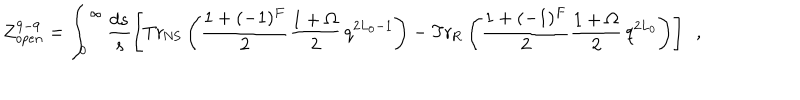
LaTeX: { \cal Z } _ { o p e n } ^ { 9 - 9 } = \int _ { 0 } ^ { \infty } \frac { d s } { s } \left[ \mathrm { T r } _ { \mathrm { N S } } \left( { { \frac { 1 + ( - 1 ) ^ { F } } { 2 } } } { \frac { 1 + \Omega } { 2 } } \, q ^ { 2 L _ { 0 } - 1 } \right) - \mathrm { T r } _ { \mathrm { R } } \left( { { \frac { 1 + ( - 1 ) ^ { F } } { 2 } } } { \frac { 1 + \Omega } { 2 } } \, q ^ { 2 L _ { 0 } } \right) \right] ~ ~ ,